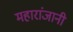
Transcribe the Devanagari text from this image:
महारांजानी